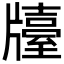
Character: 𤗿